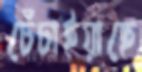
চেঁচাইয়াছে